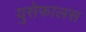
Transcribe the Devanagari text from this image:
युसेफालस